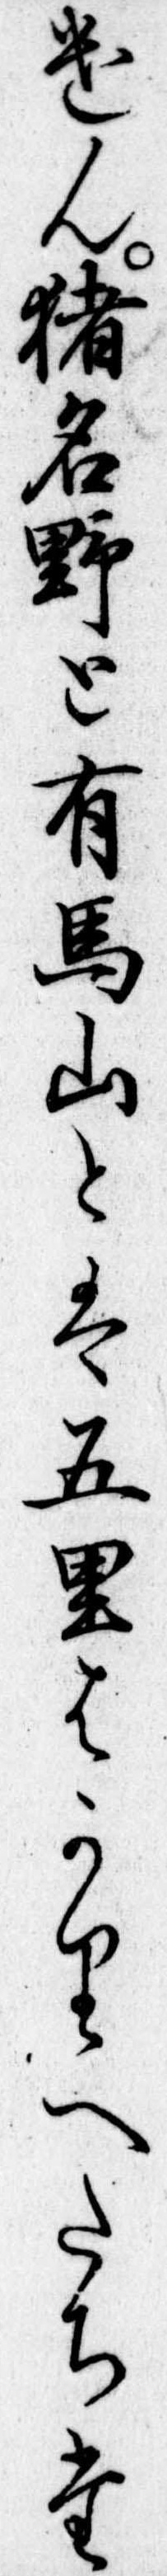
けん猪名野と有馬山とは五里はかりへたちた